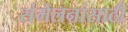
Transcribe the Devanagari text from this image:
संमेलनांसाठी